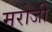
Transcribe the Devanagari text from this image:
मरोजी